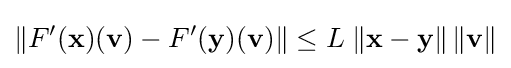
\|F'(\mathbf {x} )(\mathbf {v} )-F'(\mathbf {y} )(\mathbf {v} )\|\leq L\;\|\mathbf {x} -\mathbf {y} \|\,\|\mathbf {v} \|